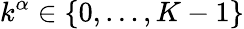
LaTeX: k^{\alpha}\in\{ 0,\ldots,K-1\}